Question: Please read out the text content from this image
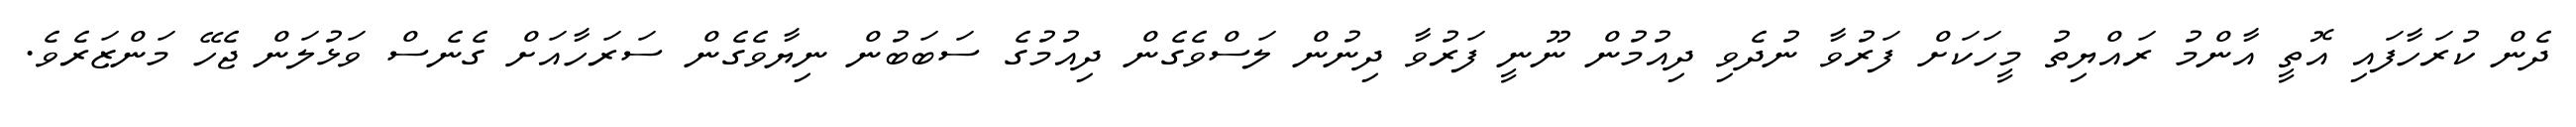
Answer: ދެން ކުރަހާފައި އޮތީ އާންމު ރައްޔިތު މީހަކަށް ފަރުވާ ނުދެވި ދިއުމުން ނޫނީ ފަރުވާ ދިނުން ލަސްވެގެން ދިއުމުގެ ސަބަބުން ނިޔާވެގެން ސަރަހާއަށް ގެނެސް ވަޅުލަން ޖެހޭ މަންޒަރެވެ.